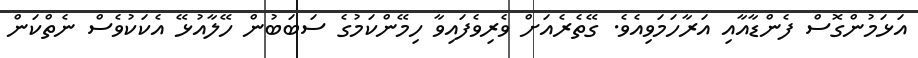
އަޅަމުންގޮސް ފެންޑާއާއި އަރާހަމަވިއެވެ. ގޭތެރެއަށް ވެރިވެފައިވާ ހިމޭންކަމުގެ ސަބަބުން ހޭލާއުޅޭ އެކަކުވެސް ނެތްކަން